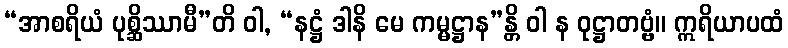
“အာစရိယံ ပုစ္ဆိဿာမီ”တိ ဝါ, “နဋ္ဌံ ဒါနိ မေ ကမ္မဋ္ဌာန”န္တိ ဝါ န ဝုဋ္ဌာတဗ္ဗံ။ ဣရိယာပထံ